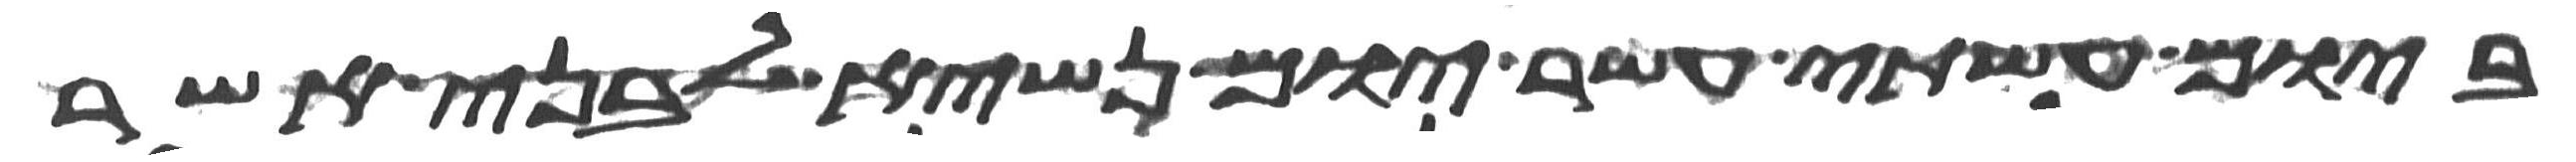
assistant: ביום עשתי עשר יום נשיא לבני אשר